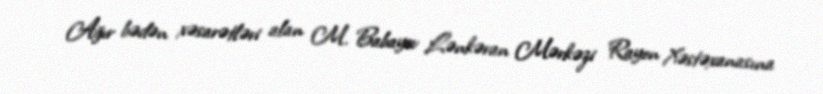
Ağır bədən xəsarətləri alan M. Babayev Lənkəran Mərkəzi Rayon Xəstəxanasına